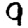
Digit: 9